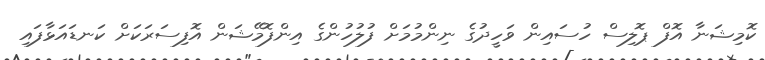
ކޮމިޝަނާ އޮފް ޕޮލިސް ހުސައިން ވަހީދުގެ ނިންމުމަށް ފުލުހުންގެ އިންފޮމޭޝަން އޮފިސަރަކަށް ކަނޑައަޅާފައި